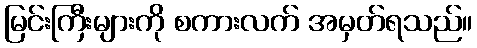
မြင်းကြီးများကို စကားလက် အမှတ်ရသည်။